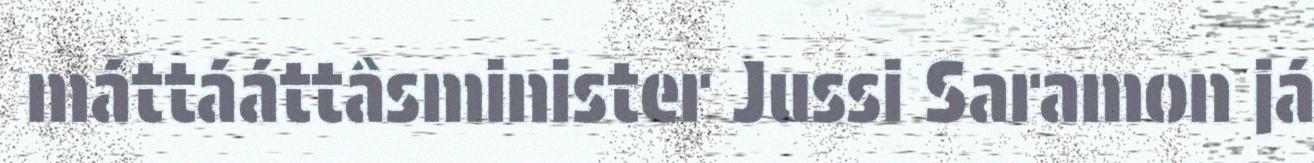
máttááttâsminister Jussi Saramon já